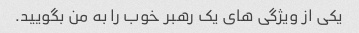
یکی از ویژگی های یک رهبر خوب را به من بگویید.